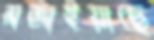
মজাইয়াছে